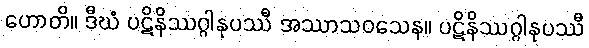
ဟောတိ။ ဒီဃံ ပဋိနိဿဂ္ဂါနုပဿီ အဿာသဝသေန။ ပဋိနိဿဂ္ဂါနုပဿီ